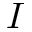
I